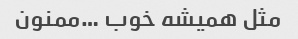
مثل همیشه خوب …ممنون